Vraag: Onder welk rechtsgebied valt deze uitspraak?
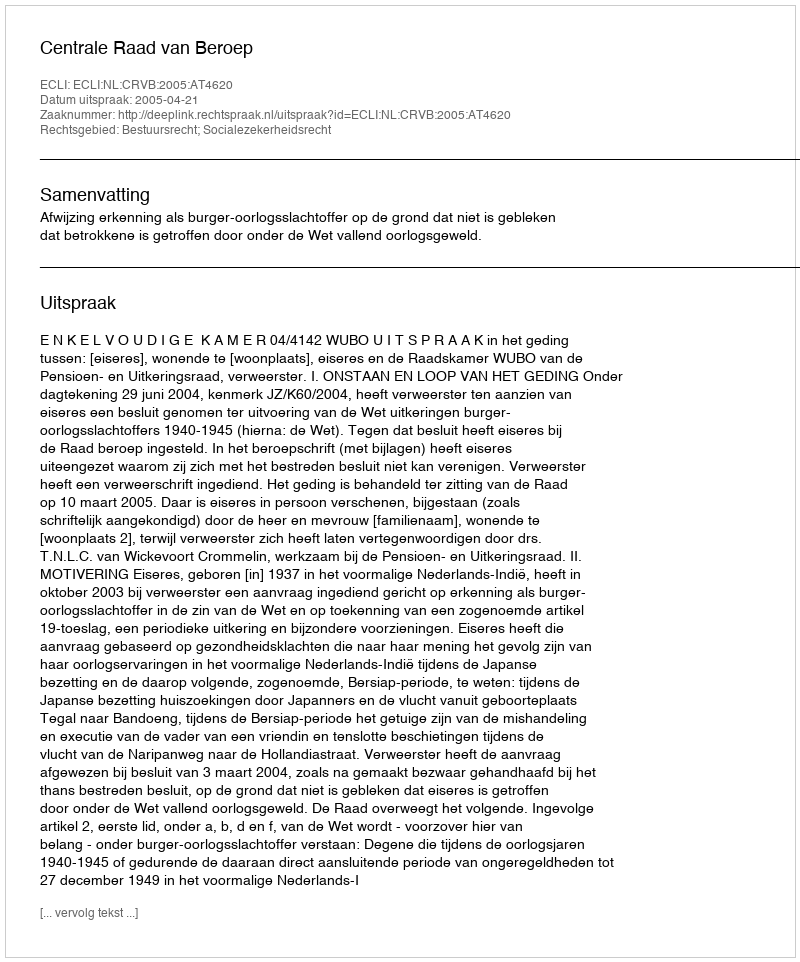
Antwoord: Bestuursrecht; Socialezekerheidsrecht